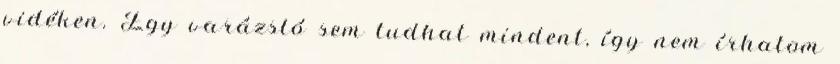
vidéken. Egy varázsló sem tudhat mindent, így nem írhatom